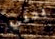
بحثي